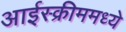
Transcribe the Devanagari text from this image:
आईस्क्रीममध्ये